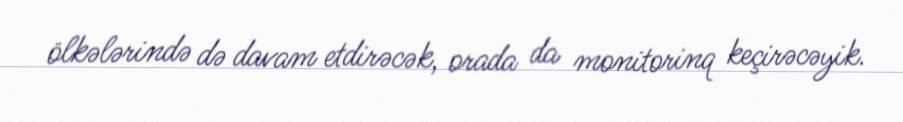
ölkələrində də davam etdirəcək, orada da monitorinq keçirəcəyik.